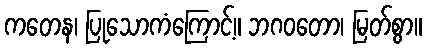
ကတေန၊ ပြုသောကံကြောင့်။ ဘဂဝတော၊ မြတ်စွာ။